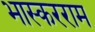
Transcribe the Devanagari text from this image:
भास्करराम